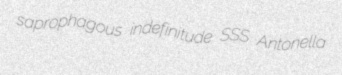
saprophagous indefinitude SSS Antonella